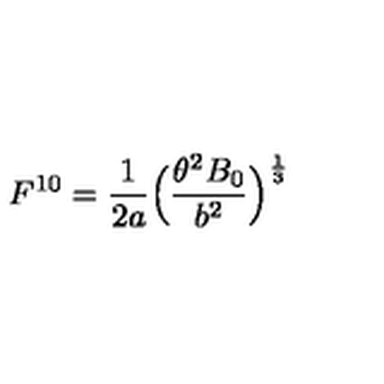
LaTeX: F ^ { 1 0 } = \frac { 1 } { 2 a } \Bigl ( \frac { \theta ^ { 2 } B _ { 0 } } { b ^ { 2 } } \Bigr ) ^ { \frac { 1 } { 3 } }